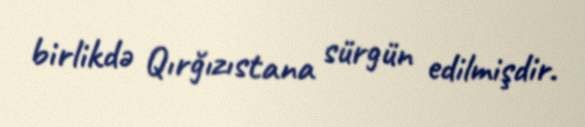
birlikdə Qırğızıstana sürgün edilmişdir.